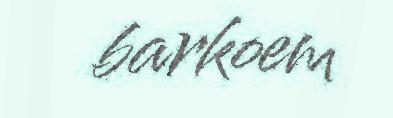
barkoem